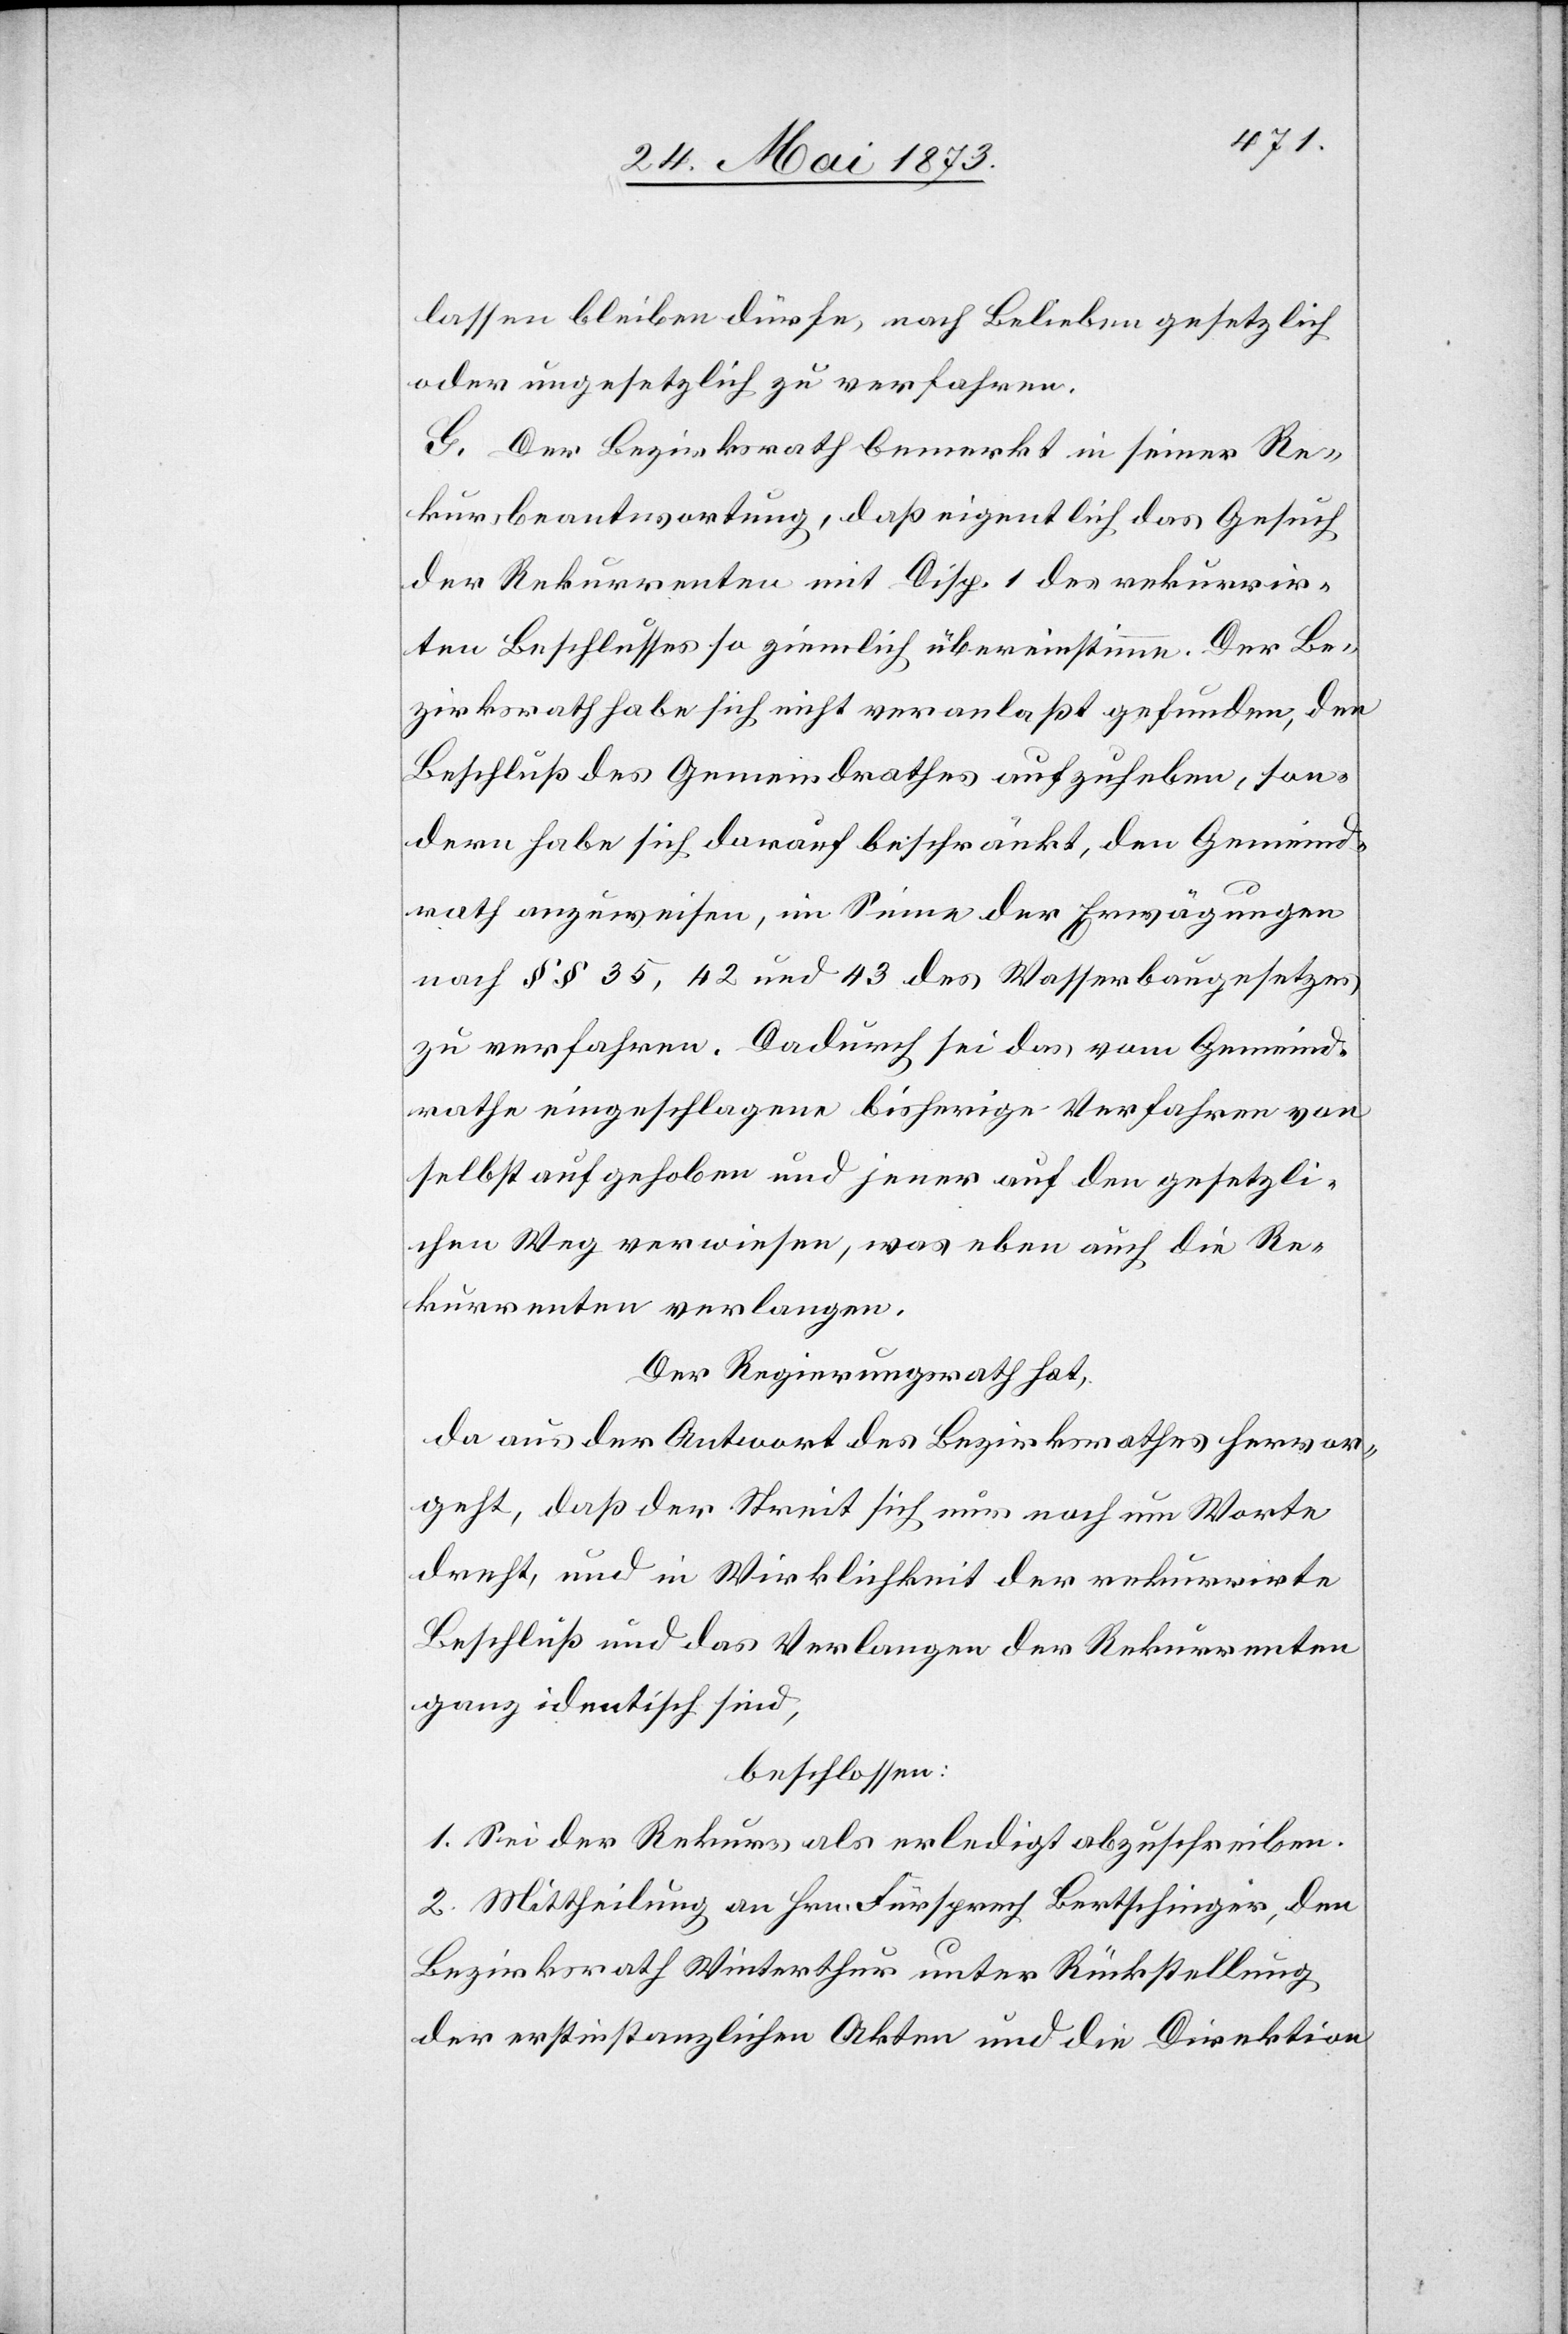
lassen bleiben dürfe, nach Belieben gesetzlich
oder ungesetzlich zu verfahren.
G. Der Bezirksrath bemerkt in seiner Re¬
kursbeantwortung, daß eigentlich das Gesuch
der Rekurrenten mit Disp. 1 des rekurrir¬
ten Beschlusses so ziemlich übereinstimme. Der Be¬
zirksrath habe sich nicht veranlaßt gefunden, den
Beschluß des Gemeindrathes aufzuheben, son¬
dern habe sich darauf beschränkt, den Gemeind¬
rath anzuweisen, im Sinne der Erwägungen
nach § § 35, 42 und 43 des Wasserbaugesetzes
zu verfahren. Dadurch sei das vom Gemeind¬
rathe eingeschlagene bisherige Verfahren von
selbst aufgehoben und jener auf den gesetzli¬
chen Weg verwiesen, was eben auch die Re¬
kurrenten verlangen.
Der Regierungsrath hat,
da aus der Antwort des Bezirksrathes hervor¬
geht, daß der Streit sich nur noch um Worte
dreht, und in Wirklichkeit der rekurrirte
Beschluß und das Verlangen der Rekurrenten
ganz identisch sind,
beschlossen:
1. Sei der Rekurs als erledigt abzuschreiben.
2. Mittheilung an Hrn. Fürsprech Bertschinger, den
Bezirksrath Winterthur unter Rückstellung
der erstinstanzlichen Akten und die Direktion